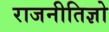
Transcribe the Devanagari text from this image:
राजनीतिज्ञो